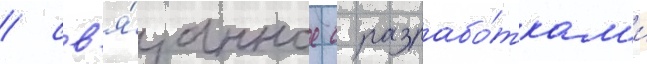
/ св'я́занное с разрабо́ткам'и